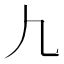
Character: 𰀫